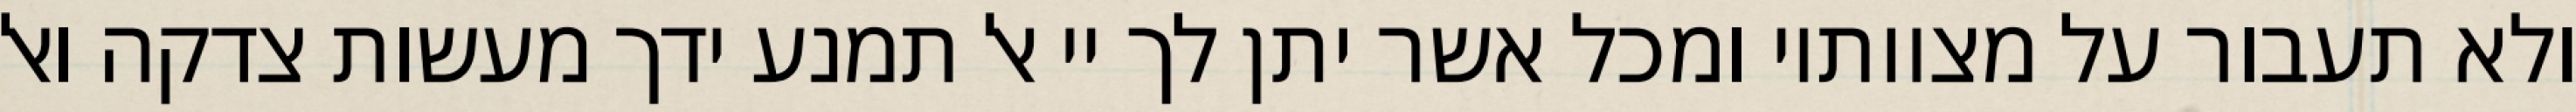
ולא תעבור על מצוותיו ומכל אשר יתן לך יי אל תמנע ידך מעשות צדקה ואל